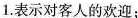
1.表示对客人的欢迎；